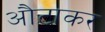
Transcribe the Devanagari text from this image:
औटाकर